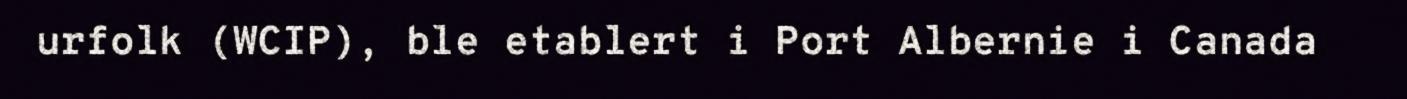
urfolk (WCIP), ble etablert i Port Albernie i Canada